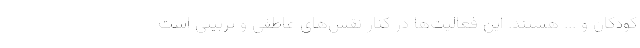
کودکان و ... هستند. این فعالیت‌ها در کنار نقش‌های عاطفی و تربیتی است